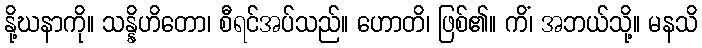
နို့ဃနာကို။ သန္နိဟိတော၊ စီရင်အပ်သည်။ ဟောတိ၊ ဖြစ်၏။ ကိံ၊ အဘယ်သို့။ မနသိ